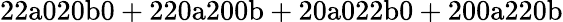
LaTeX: \mathrm{22a020b0+220a200b+20a022b0+200a220b}